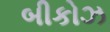
બીકોઝ